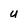
Character: U